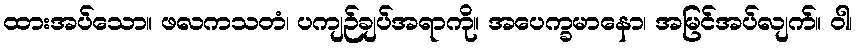
ထားအပ်သော။ ဖလကသတံ၊ ပကျဉ်ချပ်အရာကို။ အပေက္ခမာနော၊ အမြင်အပ်လျက်။ ဝါ၊